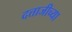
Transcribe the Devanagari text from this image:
दत्ताजीच्या